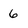
Character: 6